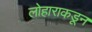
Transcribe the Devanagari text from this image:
लोहाराकडून